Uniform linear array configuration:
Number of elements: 24
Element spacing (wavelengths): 0.75
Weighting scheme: exponential
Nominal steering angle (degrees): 30
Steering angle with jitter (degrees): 29.55
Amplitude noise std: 0.05
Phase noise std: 0.05

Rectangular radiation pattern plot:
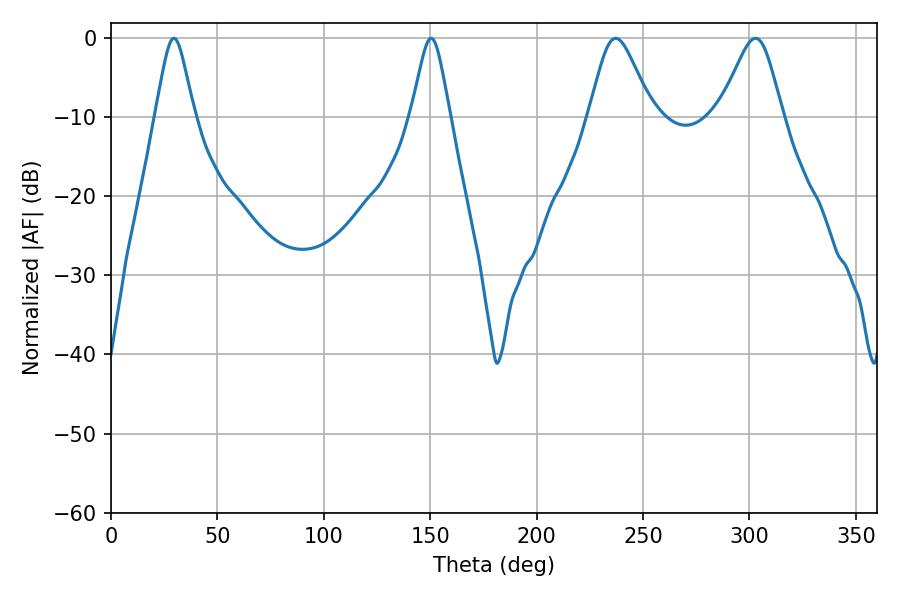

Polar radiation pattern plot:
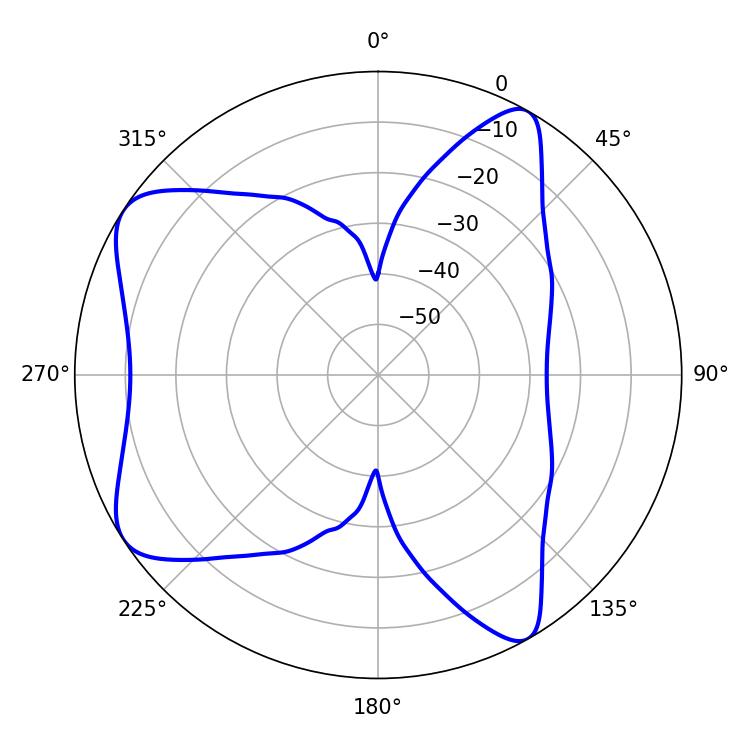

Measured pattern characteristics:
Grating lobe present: TRUE
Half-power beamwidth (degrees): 8.82
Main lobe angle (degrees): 29.52